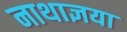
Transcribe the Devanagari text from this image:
नाथाज्ञया